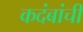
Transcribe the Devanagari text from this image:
कदंबांची